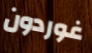
غوردون